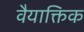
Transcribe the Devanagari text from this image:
वैयाक्तिक